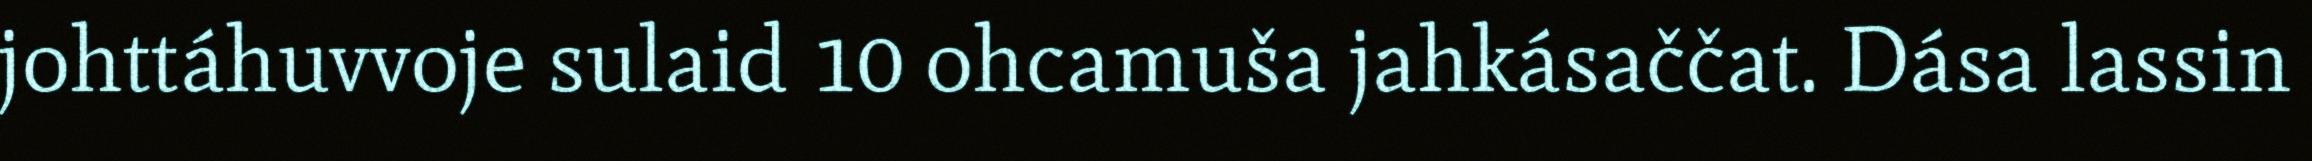
johttáhuvvoje sulaid 10 ohcamuša jahkásaččat. Dása lassin